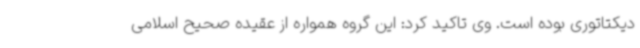
دیکتاتوری بوده است. وی تاکید کرد: این گروه همواره از عقیده صحیح اسلامی